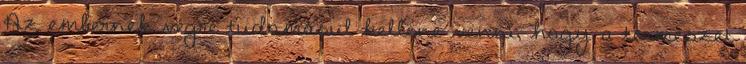
Az embernek végre tudomásul kellene venni, hogy a természet